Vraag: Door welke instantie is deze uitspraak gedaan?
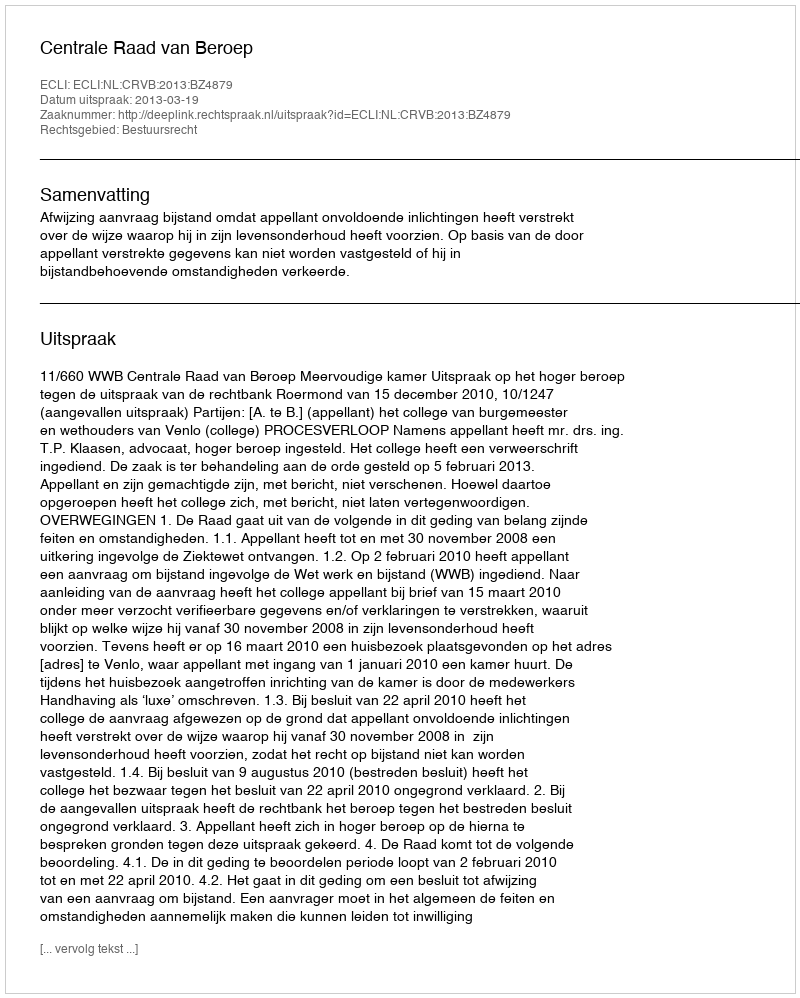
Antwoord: Centrale Raad van Beroep